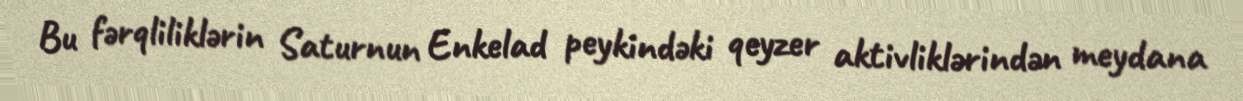
Bu fərqliliklərin Saturnun Enkelad peykindəki qeyzer aktivliklərindən meydana